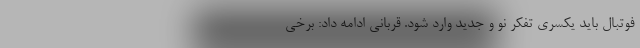
فوتبال باید یکسری تفکر نو و جدید وارد شود. قربانی ادامه داد: برخی